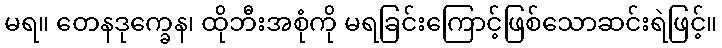
မရ။ တေနဒုက္ခေန၊ ထိုဘီးအစုံကို မရခြင်းကြောင့်ဖြစ်သောဆင်းရဲဖြင့်။